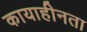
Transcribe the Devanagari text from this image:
कायाहीनता